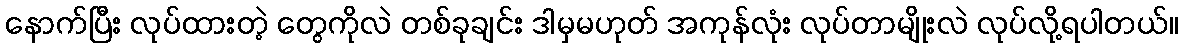
နောက်ပြီး လုပ်ထားတဲ့ တွေကိုလဲ တစ်ခုချင်း ဒါမှမဟုတ် အကုန်လုံး လုပ်တာမျိုးလဲ လုပ်လို့ရပါတယ်။